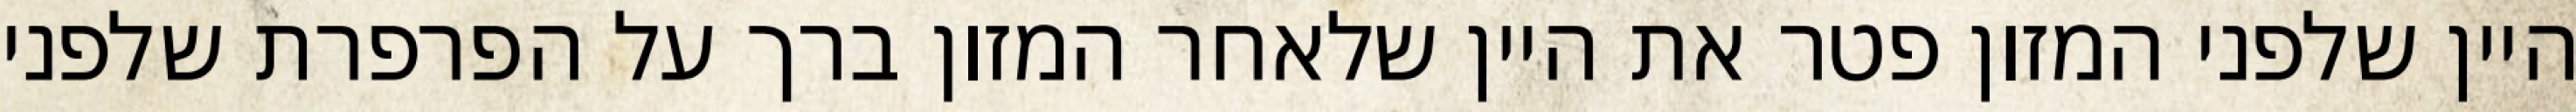
היין שלפני המזון פטר את היין שלאחר המזון ברך על הפרפרת שלפני